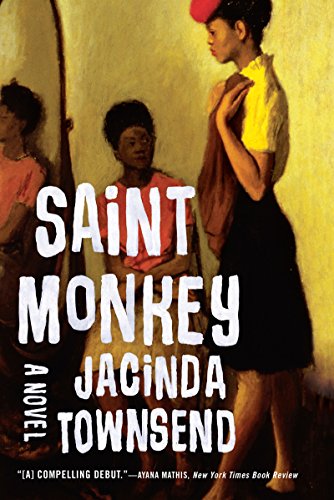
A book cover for Saint Monkey: A Novel; Jacinda Townsend; Literature & Fiction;